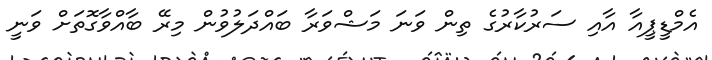
އެމްޑީޕީއާ އާއި ސަރުކާރުގެ ތިން ވަނަ މަޝްވަރާ ބައްދަލުވުން މިރޭ ބާއްވާގޮތަށް ވަނީ